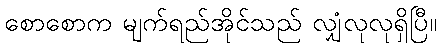
စောစောက မျက်ရည်အိုင်သည် လျှံလုလုရှိပြီ။